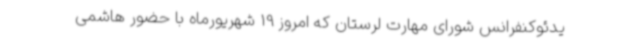
یدئوکنفرانس شورای مهارت لرستان که امروز 19 شهریورماه با حضور هاشمی